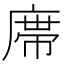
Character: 鿮